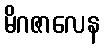
မိဂဇာလေန